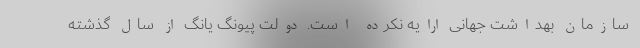
سازمان بهداشت جهانی ارایه نکرده است. دولت پیونگ یانگ از سال گذشته